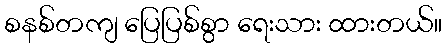
စနစ်တကျ ပြေပြစ်စွာ ရေးသား ထားတယ်။